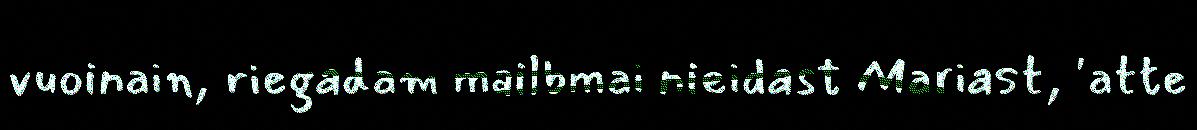
vuoinain, riegadam mailbmai nieidast Mariast, 'atte